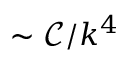
\sim \mathcal { C } / k ^ { 4 }